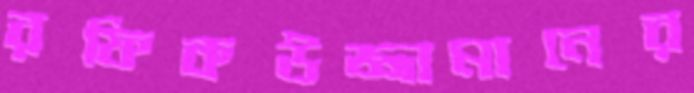
রফিকউজ্জামানের